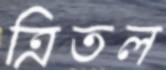
ত্রিতল